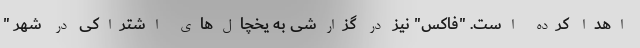
اهدا کرده است. "فاکس" نیز در گزارشی به یخچال‌های اشتراکی در شهر "